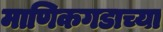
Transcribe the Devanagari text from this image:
माणिकगडाच्या